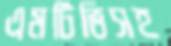
এমটিভিসহ